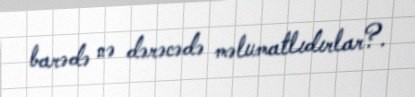
barədə nə dərəcədə məlumatlıdırlar?.